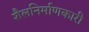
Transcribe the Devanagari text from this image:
शैलनिर्माणकारी